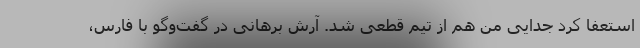
استعفا کرد جدایی من هم از تیم قطعی شد. آرش برهانی در گفت‌وگو با فارس،